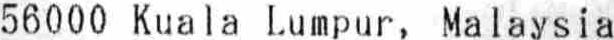
56000 KUALA LUMPUR, MALAYSIA